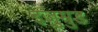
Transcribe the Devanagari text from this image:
इज़ुम्रुड